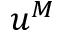
u ^ { M }